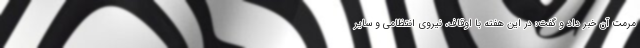
مرمت آن خبر داد و گفت: در این هفته با اوقاف، نیروی انتظامی و سایر